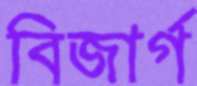
বিজার্গ